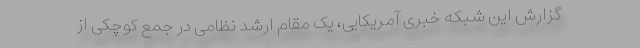
گزارش این شبکه خبری آمریکایی، یک مقام ارشد نظامی در جمع کوچکی از